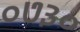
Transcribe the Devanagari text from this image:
०७३०